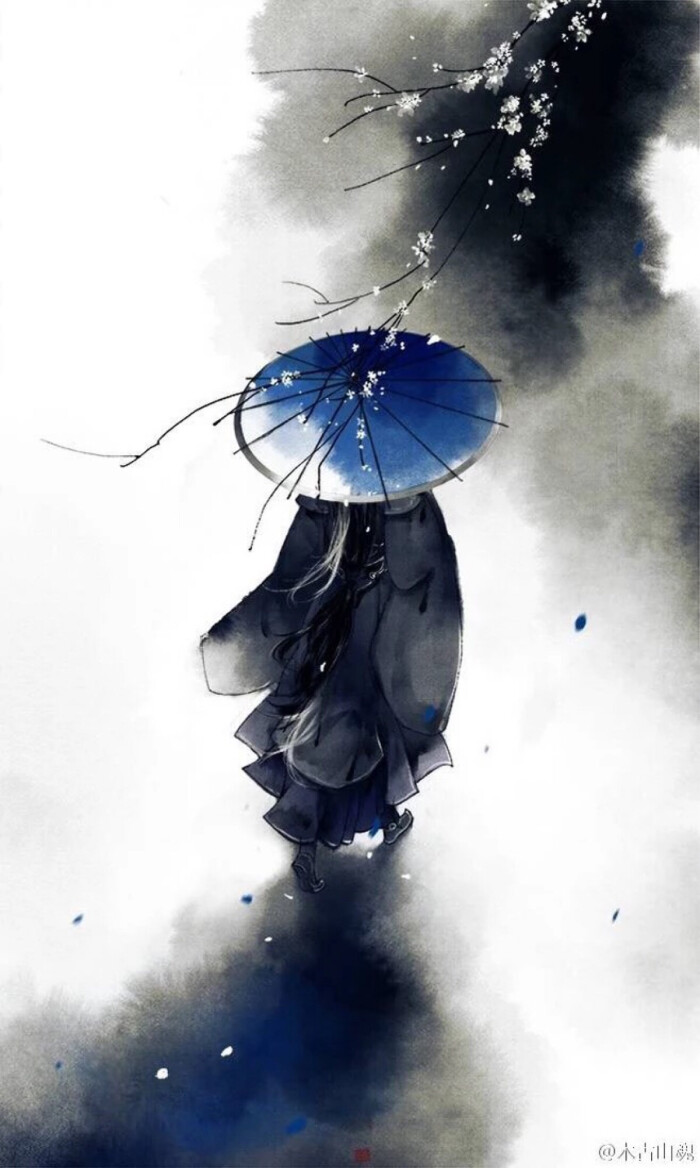
断香残酒情怀恶。西风催衬梧桐落。